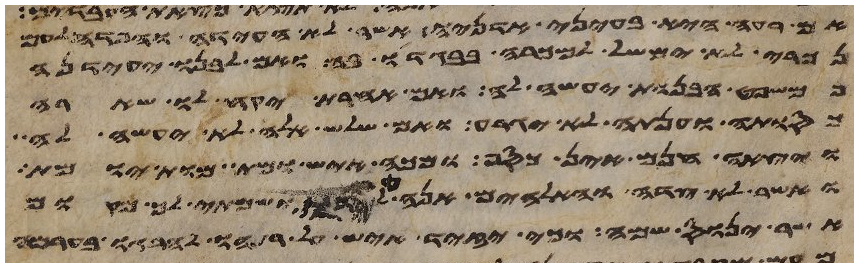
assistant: אם רעה היא בעיני אדניה אשר לא העידה והפדה לעם
נכרי לא ימשל למכרה בבגדו בה ואם לבנו יעידנה
כמשפט הבנות יעשה לה ואם אחרת יקח לו שארה
כסותה וענתה לא יגרע ואם שלש אלה לא יעשה לה
ויצאה חנם אין כסף מכה איש ומת מות יומת
ואשר לא צדה והאלהים אנה לידו ושמתי לך מקום
אשר ינוס שמה וכי יזיד איש על רעהו להרגו בערמה